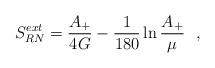
LaTeX: \begin{align*}S_{RN}^{ext}={A_+\over 4G}-{1\over 180} \ln {A_+\over \mu}~~,\end{align*}